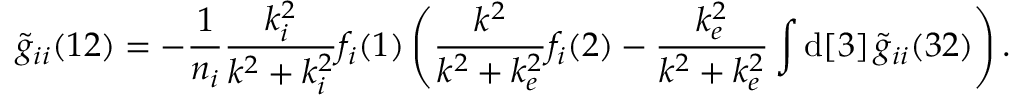
\widetilde { g } _ { i i } ( 1 2 ) = - \frac { 1 } { n _ { i } } \frac { k _ { i } ^ { 2 } } { k ^ { 2 } + k _ { i } ^ { 2 } } f _ { i } ( 1 ) \left( \frac { k ^ { 2 } } { k ^ { 2 } + k _ { e } ^ { 2 } } f _ { i } ( 2 ) - \frac { k _ { e } ^ { 2 } } { k ^ { 2 } + k _ { e } ^ { 2 } } \int \mathrm { d } [ 3 ] \, \widetilde { g } _ { i i } ( 3 2 ) \right) .